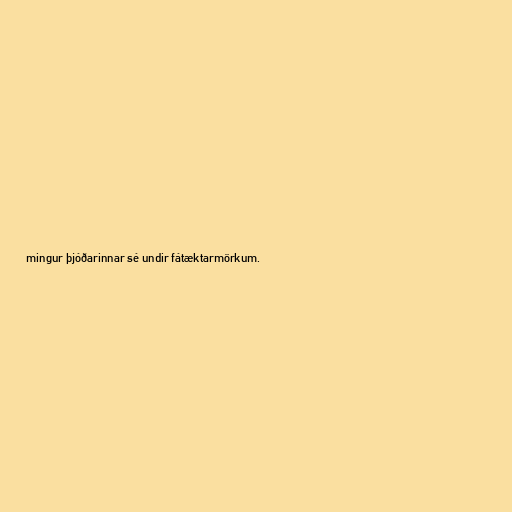
mingur þjóðarinnar sé undir fátæktarmörkum.